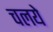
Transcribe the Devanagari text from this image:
चलये